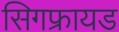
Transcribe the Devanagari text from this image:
सिगफ्रायड